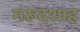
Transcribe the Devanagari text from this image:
मरूदशाह